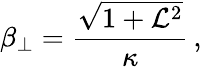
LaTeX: \beta_{\perp}=\frac{\sqrt{1+\mathcal{L}^{2}}}{\kappa}\, ,